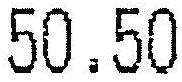
50.50